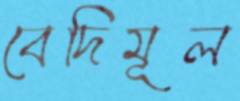
বেদিমূল